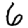
Digit: 6